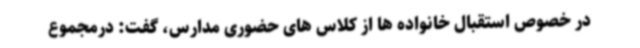
در خصوص استقبال خانواده ها از کلاس های حضوری مدارس، گفت: درمجموع